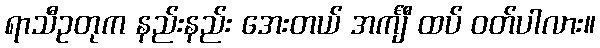
ရာသီဥတုက နည်းနည်း အေးတယ် အင်္ကျီ ထပ် ဝတ်ပါလား။